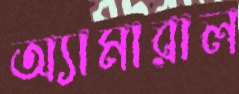
অ্যামারাল